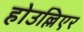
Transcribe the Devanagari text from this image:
होउल्लिएर